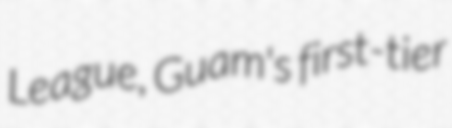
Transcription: League, Guam's first-tier